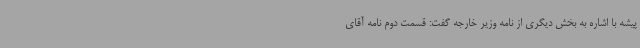
پیشه با اشاره به بخش دیگری از نامه وزیر خارجه گفت: قسمت دوم نامه آقای